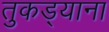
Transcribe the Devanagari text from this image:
तुकड्याना